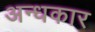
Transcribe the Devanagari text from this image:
अन्‍धकार